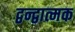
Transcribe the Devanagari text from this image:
द्वन्द्वात्मक